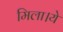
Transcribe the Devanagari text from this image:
मिला।ये